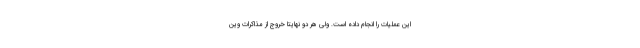
این عملیات را انجام داده است. ولی هر دو نهایتا خروج از مذاکرات وین